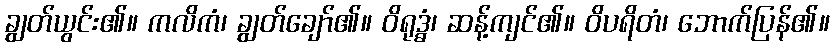
ချွတ်ယွင်း၏။ ကလိကံ၊ ချွတ်ချော်၏။ ဝိရုဒ္ဓံ၊ ဆန့်ကျင်၏။ ဝိပရိတံ၊ ဘောက်ပြန်၏။